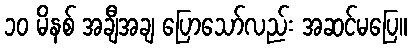
၁၀ မိနစ် အချီအချ ပြောသော်လည်း အဆင်မပြေ။